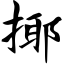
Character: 揶